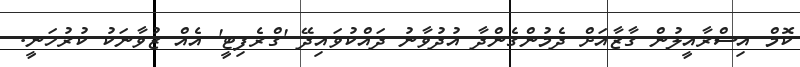
ކޮމް އިސްރާއީލުން ގާޒާއަށް ދެމުންގެންދާ އުދުވާނު ދައްކުވައިދޭ 'ގްރެފިޓީ' އެއް ޒުވާނަކު ކުރުހަނީ.